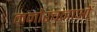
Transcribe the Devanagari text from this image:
मनोरचनाओं